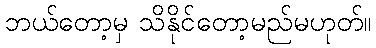
ဘယ်တော့မှ သိနိုင်တော့မည်မဟုတ်။